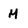
Character: M